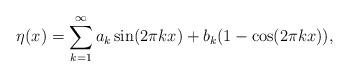
\begin{align*}\eta(x) = \sum_{k=1}^\infty a_k \sin(2\pi k x) + b_k (1-\cos(2\pi k x)),\end{align*}